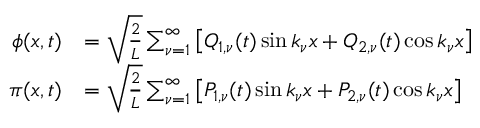
\begin{array} { r l } { \phi ( x , t ) } & { = \sqrt { \frac { 2 } { L } } \sum _ { \nu = 1 } ^ { \infty } \left[ Q _ { 1 , \nu } ( t ) \sin k _ { \nu } x + Q _ { 2 , \nu } ( t ) \cos k _ { \nu } x \right] } \\ { \pi ( x , t ) } & { = \sqrt { \frac { 2 } { L } } \sum _ { \nu = 1 } ^ { \infty } \left[ P _ { 1 , \nu } ( t ) \sin k _ { \nu } x + P _ { 2 , \nu } ( t ) \cos k _ { \nu } x \right] } \end{array}